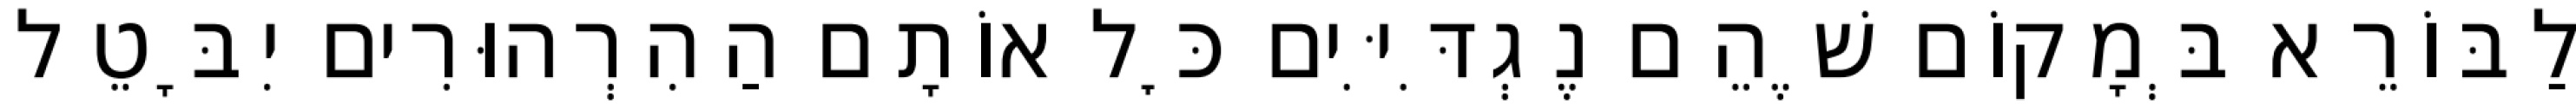
לַבּוֹרֵא בְּמָקוֹם שֶׁהֵם נֶגְדִּיִּים כׇּל אוֹתָם הַהִרְהוּרִים יִבָּטֵל